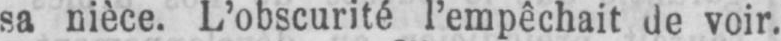
sa nièce. L’obscurité l’empêchait de voir.